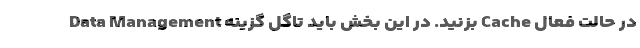
Data Management بزنید. در این بخش باید تاگل گزینه Cache در حالت فعال